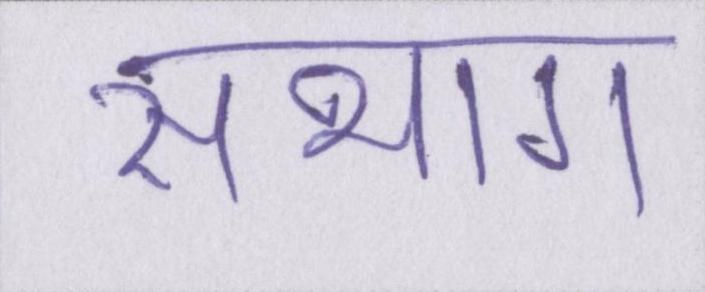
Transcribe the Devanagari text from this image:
संभाग